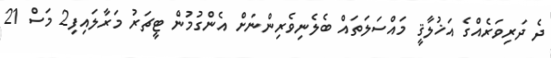
ދެ ދަރިވަރެއްގެ އަޚުލާޤީ މައްސަލަތައް ބެލެނިވެރިންނަށް އެންގުމުން ޓީޗަރު މަރާލައިފި2 މަސް 21